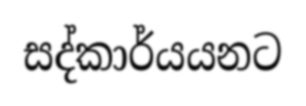
සද්කාර්යයනට